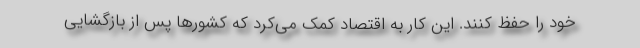
خود را حفظ کنند. این کار به اقتصاد کمک می‌کرد که کشورها پس از بازگشایی